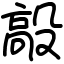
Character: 毃